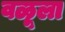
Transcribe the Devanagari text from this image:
वळूला